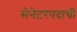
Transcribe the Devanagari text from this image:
सेनेटरपदाची